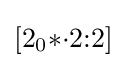
[2_{0}{*}{\cdot }2{:}2]